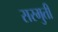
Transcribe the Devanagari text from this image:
सरमुती